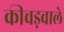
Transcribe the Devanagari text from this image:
कीचड़वाले